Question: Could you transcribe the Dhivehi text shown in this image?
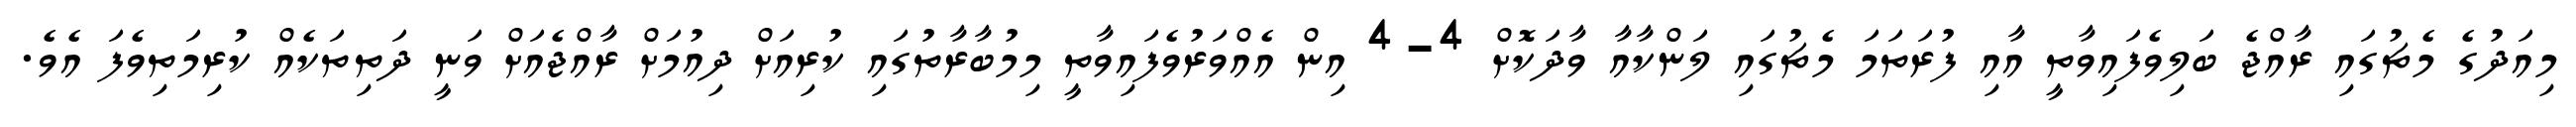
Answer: މިއަދުގެ މެޗުގައި ރާއްޖެ ބަލިވެފައިވާތީ އާއި ފުރަތަމަ މެޗުގައި ލަންކާއާ ވާދަކޮށް 4-4 އިން އެއްވަރުވެފައިވާތީ މިމުބާރާތުގައި ކުރިއަށް ދިއުމަށް ރާއްޖެއަށް ވަނީ ދަތިތަކެއް ކުރިމަތިވެފަ އެވެ.